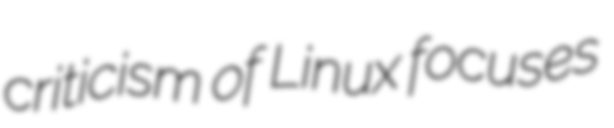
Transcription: criticism of Linux focuses